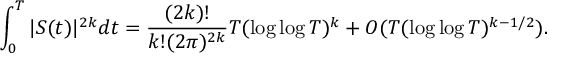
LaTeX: \int _ { 0 } ^ { T } | S ( t ) | ^ { 2 k } d t = { \frac { ( 2 k ) ! } { k ! ( 2 \pi ) ^ { 2 k } } } T ( \log \log T ) ^ { k } + O ( T ( \log \log T ) ^ { k - 1 / 2 } ) .